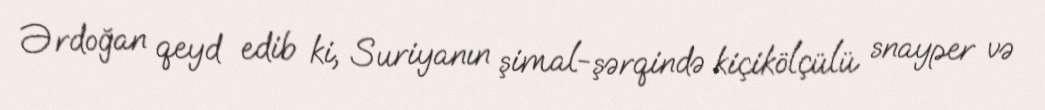
Ərdoğan qeyd edib ki, Suriyanın şimal-şərqində kiçikölçülü snayper və